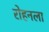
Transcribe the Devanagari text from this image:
रोहनला